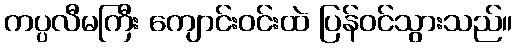
ကပ္ပလီမကြီး ကျောင်းဝင်းထဲ ပြန်ဝင်သွားသည်။